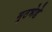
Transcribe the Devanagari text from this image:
मुठभेडे